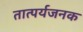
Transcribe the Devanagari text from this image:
तात्पर्यजनक